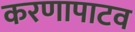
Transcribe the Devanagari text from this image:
करणापाटव